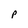
Character: P